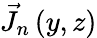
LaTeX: \vec{J}_{n}\left(y,z\right)